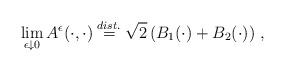
LaTeX: \begin{align*}\lim_{\epsilon\downarrow 0}A^{\epsilon}(\cdot,\cdot)\stackrel{dist.}{=} \sqrt{2}\left(B_1(\cdot)+B_2(\cdot)\right)\,,\end{align*}